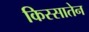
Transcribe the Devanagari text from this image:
किस्सातेन